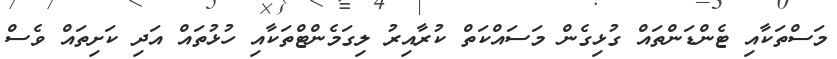
މަސްތަކާއި ޓެންޑަންތައް ގުޅިގެން މަަސައްކަތް ކުރާއިރު ލިގަމެންޓްތަކާއި ހުޅުތައް އަދި ކަށިތައް ވެސް